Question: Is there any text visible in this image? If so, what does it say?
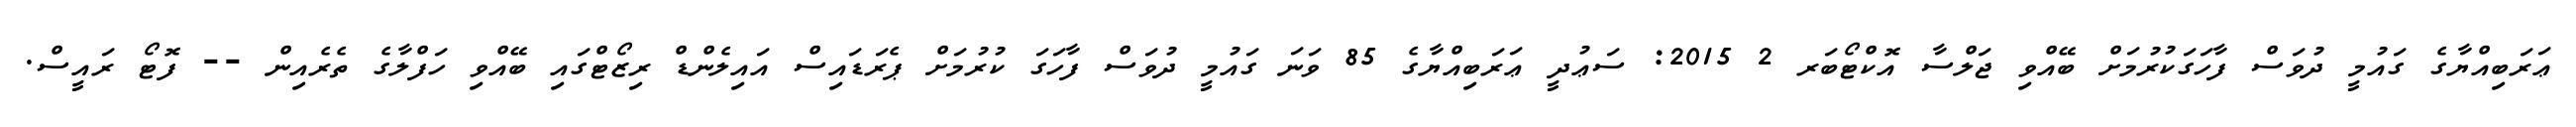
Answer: ޢަރަބިއްޔާގެ ގައުމީ ދުވަސް ފާހަގަކުރުމަށް ބޭއްވި ޖަލްސާ އޮކްޓޯބަރ 2 2015: ސަޢުދީ ޢަރަބިއްޔާގެ 85 ވަނަ ގައުމީ ދުވަސް ފާހަގަ ކުރުމަށް ޕެރަޑައިސް އައިލެންޑް ރިޒޯޓްގައި ބޭއްވި ހަފްލާގެ ތެރެއިން -- ފޮޓޯ ރައީސް.